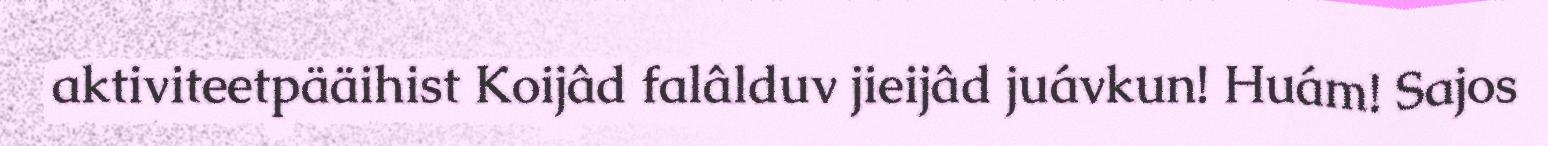
aktiviteetpääihist Koijâd falâlduv jieijâd juávkun! Huám! Sajos